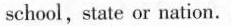
school,state or nation.